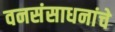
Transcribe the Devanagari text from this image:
वनसंसाधनांचे